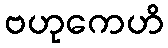
ဗဟုကေဟိ